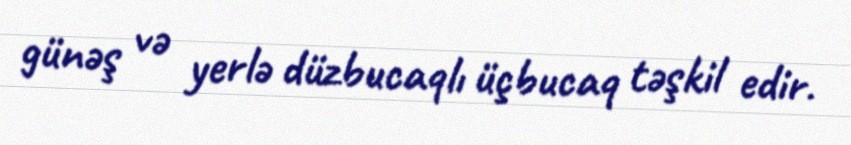
günəş və yerlə düzbucaqlı üçbucaq təşkil edir.